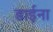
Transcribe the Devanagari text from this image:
डाईना